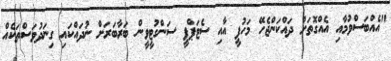
"އެއްބަސްވުމާއި އެއްގޮތަށް ދައްކަންޖެހޭ މަހުފީ އާއި ސެޓަޕްފީ ސަންގުޓީވީން ބަރާބަރަށް ނުދައްކައި ގިނަދުވަސްތަކެއް